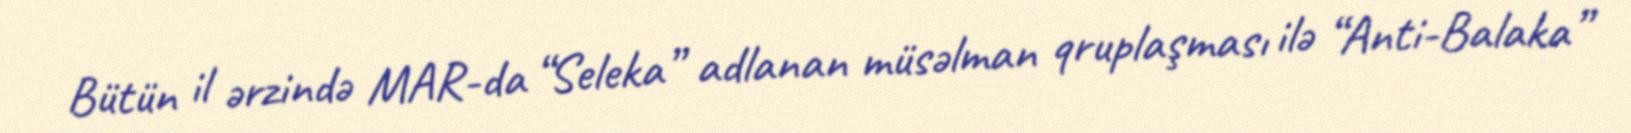
Bütün il ərzində MAR-da “Seleka” adlanan müsəlman qruplaşması ilə “Anti-Balaka”